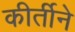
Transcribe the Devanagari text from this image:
कीर्तीने